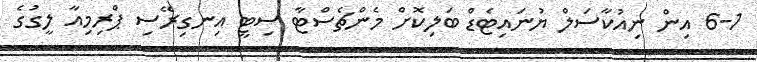
6-1 އިން ނިއުކާސަލް ޔުނައިޓެޑް ބަލިކޮށް މެންޗެސްޓާ ސިޓީ އިނގިރޭސި ޕްރިމިއާ ލީގުގެ